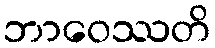
ဘာဝေဿတိ